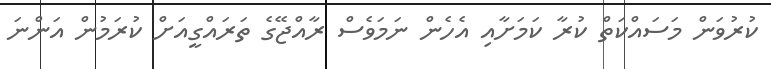
ކުރުވަން މަސައްކަތް ކުރާ ކަމަށާއި އެހެން ނަމަވެސް ރާއްޖޭގެ ތަރައްގީއަށް ކުރަމުން އަންނަ